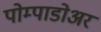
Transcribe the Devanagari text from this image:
पोम्पाडोअर